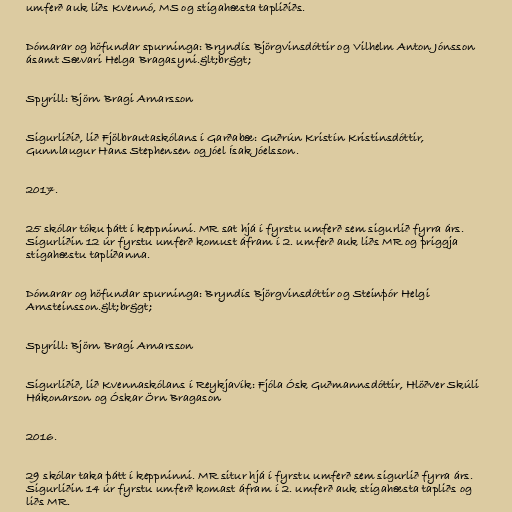
umferð auk liðs Kvennó, MS og stigahæsta tapliðiðs.

Dómarar og höfundar spurninga: Bryndís Björgvinsdóttir og Vilhelm Anton Jónsson
ásamt Sævari Helga Bragasyni.&lt;br&gt;

Spyrill: Björn Bragi Arnarsson

Sigurliðið, lið Fjölbrautaskólans í Garðabæ: Guðrún Kristín Kristinsdóttir,
Gunnlaugur Hans Stephensen og Jóel Ísak Jóelsson.

2017.

25 skólar tóku þátt í keppninni. MR sat hjá í fyrstu umferð sem sigurlið fyrra árs.
Sigurliðin 12 úr fyrstu umferð komust áfram í 2. umferð auk liðs MR og þriggja
stigahæstu tapliðanna.

Dómarar og höfundar spurninga: Bryndís Björgvinsdóttir og Steinþór Helgi
Arnsteinsson.&lt;br&gt;

Spyrill: Björn Bragi Arnarsson

Sigurliðið, lið Kvennaskólans í Reykjavík: Fjóla Ósk Guðmannsdóttir, Hlöðver Skúli
Hákonarson og Óskar Örn Bragason

2016.

29 skólar taka þátt í keppninni. MR situr hjá í fyrstu umferð sem sigurlið fyrra árs.
Sigurliðin 14 úr fyrstu umferð komast áfram í 2. umferð auk stigahæsta tapliðs og
liðs MR.